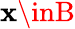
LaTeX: \mathbf{x}\inB